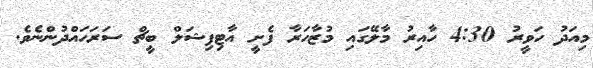
މިއަދު ހަވީރު 4:30 ހާއިރު މާލޭގައި މުޒާހަރާ ފެށީ އާޓިފިޝަލް ބީޗް ސަރަހައްދުންނެވެ.